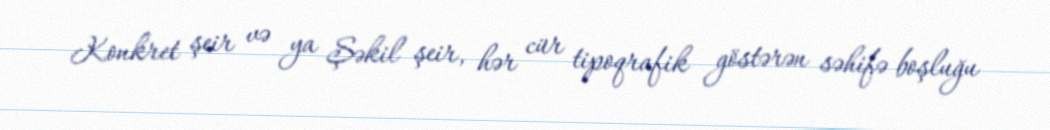
Konkret şeir və ya Şəkil şeir, hər cür tipoqrafik göstərən səhifə boşluğu